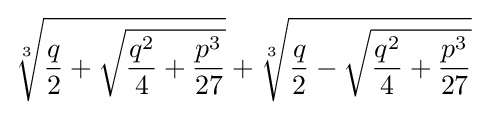
{\sqrt[{3}]{{\frac {q}{2}}+{\sqrt {{\frac {q^{2}}{4}}+{\frac {p^{3}}{27}}}}}}+{\sqrt[{3}]{{\frac {q}{2}}-{\sqrt {{\frac {q^{2}}{4}}+{\frac {p^{3}}{27}}}}}}